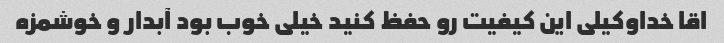
اقا خداوکیلی این کیفیت رو حفظ کنید خیلی خوب بود آبدار و خوشمزه